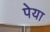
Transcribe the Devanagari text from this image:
पेया